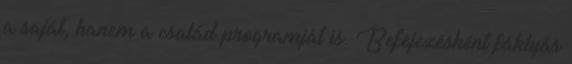
a saját, hanem a család programját is. Befejezésként fáklyás